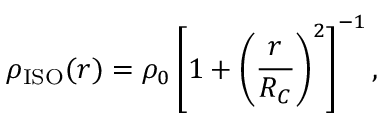
\rho _ { \mathrm { I S O } } ( r ) = \rho _ { 0 } \left[ 1 + \left( \frac { r } { R _ { C } } \right) ^ { 2 } \right] ^ { - 1 } ,